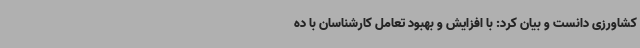
کشاورزی دانست و بیان کرد: با افزایش و بهبود تعامل کارشناسان با ده